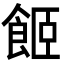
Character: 𩛉